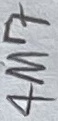
Text: 4M7